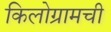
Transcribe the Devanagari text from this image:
किलोग्रामची